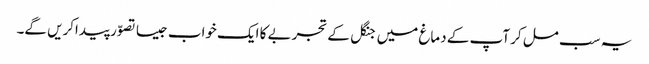
یہ سب مل کر آپ کے دماغ میں جنگل کے تجربے کا ایک خواب جیسا تصوّر پیداکریں گے۔